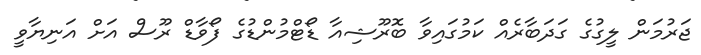
ޖަރުމަން ލީގުގެ ގަދަބާރެއް ކަމުގައިވާ ބޮރޫޝިއާ ޑޯޓްމުންޑުގެ ފޯވާޑް ރޫސް އަށް އަނިޔާވީ